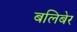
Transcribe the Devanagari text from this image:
बलिबेर